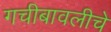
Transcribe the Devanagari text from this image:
गचीबावलीचे